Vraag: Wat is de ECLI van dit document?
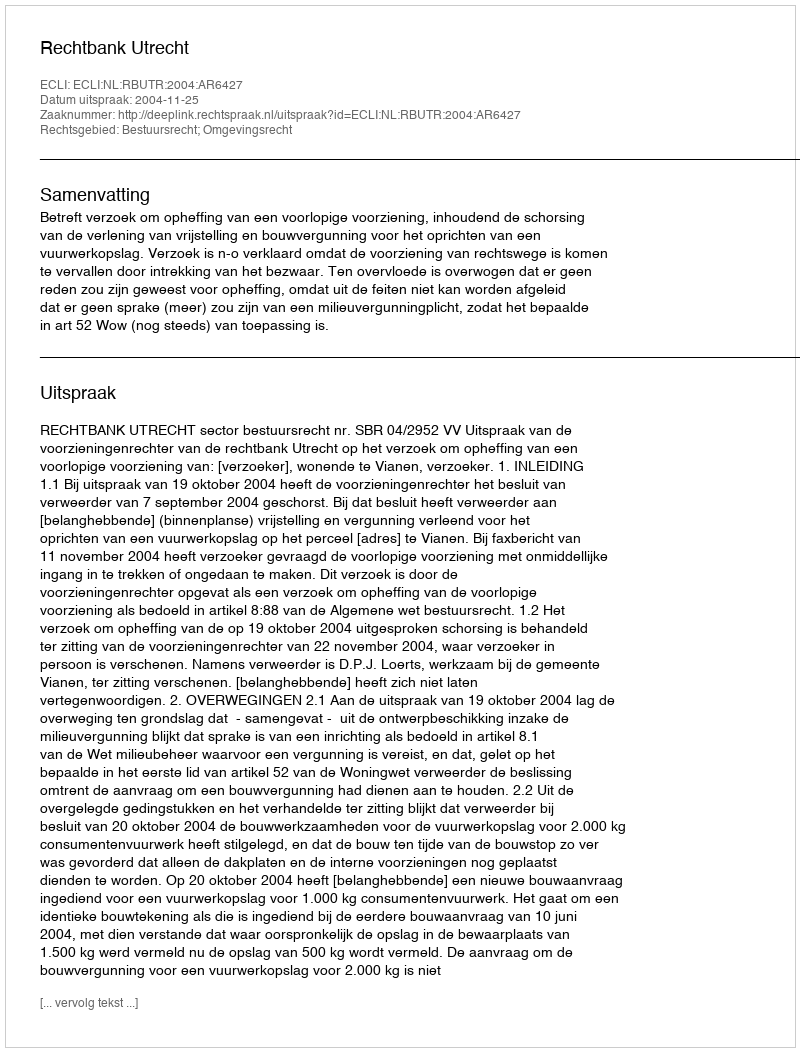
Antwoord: ECLI:NL:RBUTR:2004:AR6427